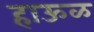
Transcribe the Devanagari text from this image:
हाऊळ